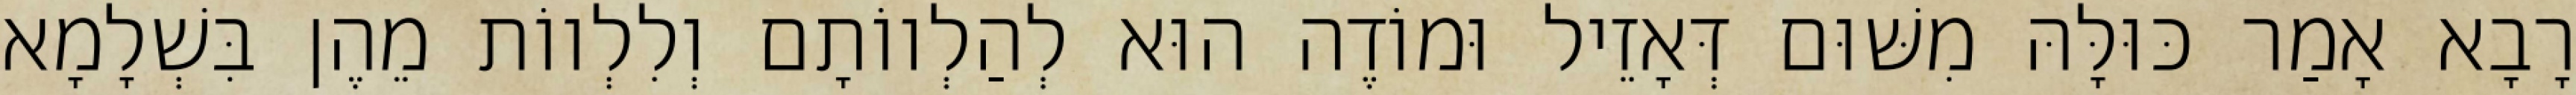
רָבָא אָמַר כּוּלָּהּ מִשּׁוּם דְּאָזֵיל וּמוֹדֶה הוּא לְהַלְווֹתָם וְלִלְווֹת מֵהֶן בִּשְׁלָמָא